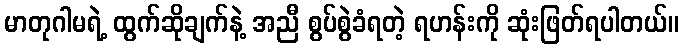
မာတုဂါမရဲ့ ထွက်ဆိုချက်နဲ့ အညီ စွပ်စွဲခံရတဲ့ ရဟန်းကို ဆုံးဖြတ်ရပါတယ်။